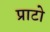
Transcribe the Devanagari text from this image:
प्राटो